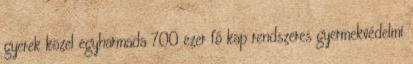
gyerek közel egyharmada 700 ezer fő kap rendszeres gyermekvédelmi